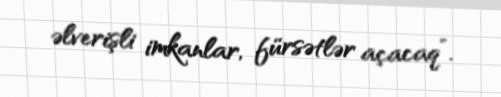
əlverişli imkanlar, fürsətlər açacaq”.